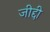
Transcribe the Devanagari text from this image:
जीद्दी